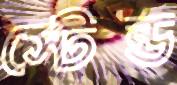
স্টেন্ড